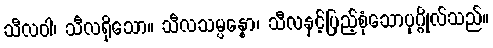
သီလဝါ၊ သီလရှိသော။ သီလသမ္ပန္နော၊ သီလနှင့်ပြည့်စုံသောပုဂ္ဂိုလ်သည်။